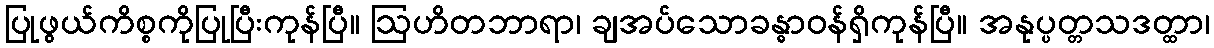
ပြုဖွယ်ကိစ္စကိုပြုပြီးကုန်ပြီ။ ဩဟိတဘာရာ၊ ချအပ်သောခန္ဓာဝန်ရှိကုန်ပြီ။ အနုပ္ပတ္တသဒတ္ထာ၊